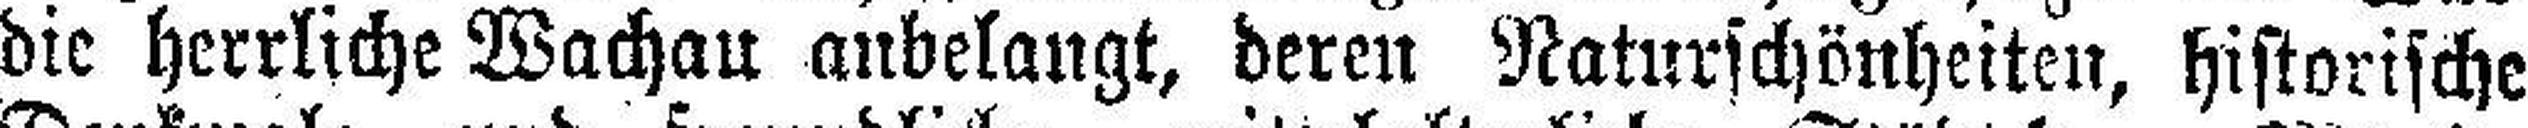
die herrliche Wachau anbelangt, deren Naturschönheiten, historische